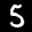
Label: 5